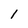
Character: I